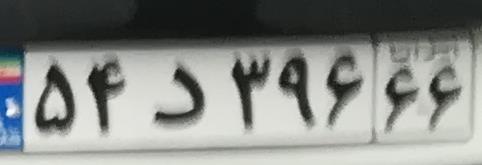
۵۴د۳۹۶۶۶